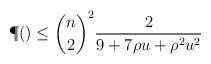
LaTeX: \begin{align*} \P() \leq {\binom n 2}^2 \frac{2}{9 + 7\rho u + \rho^2 u^2}\end{align*}